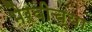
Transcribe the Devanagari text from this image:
भैरवीच्या